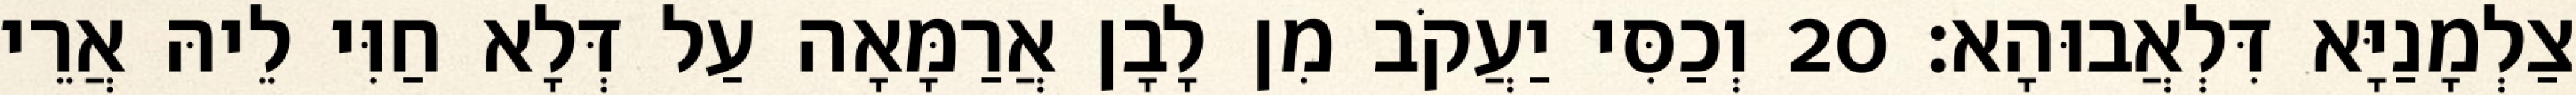
צַלְמָנַיָּא דִּלְאֲבוּהָא׃ 20 וְכַסִּי יַעֲקֹב מִן לָבָן אֲרַמָּאָה עַל דְּלָא חַוִּי לֵיהּ אֲרֵי